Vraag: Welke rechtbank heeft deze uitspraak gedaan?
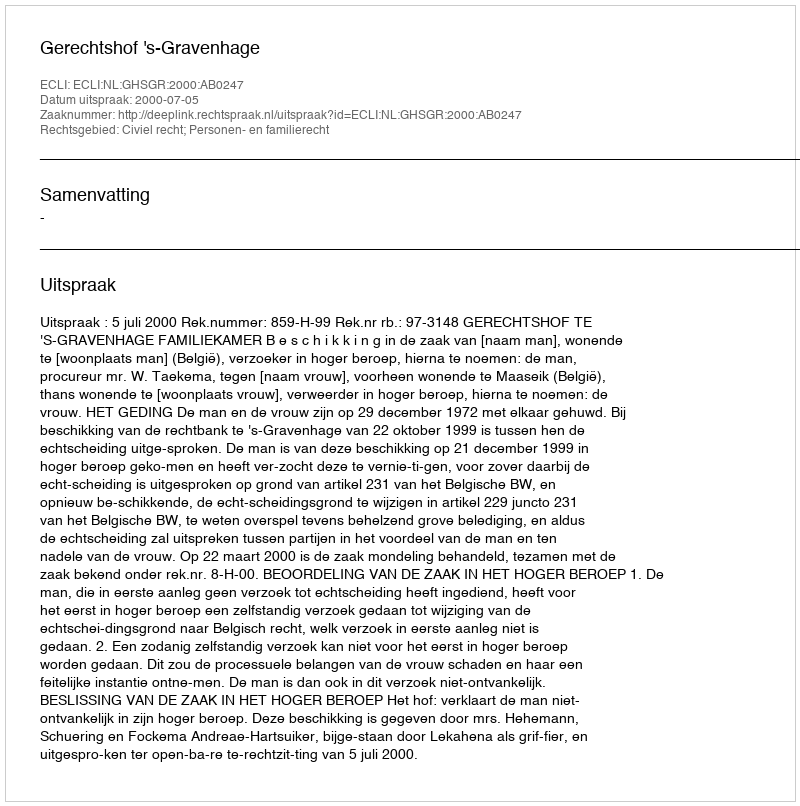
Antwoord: Gerechtshof 's-Gravenhage